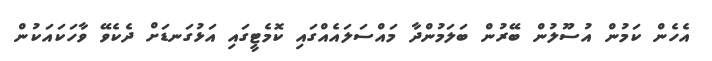
އެހެން ކަމުން އުސޫލުން ބޭރުން ބަލަމުންދާ މައްސަލައެއްގައި ކޮމެޓީގައި އަޅުގަނޑަށް ދެކެވޭ ވާހަކައަކުން